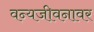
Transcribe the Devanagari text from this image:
वन्यजीवनावर